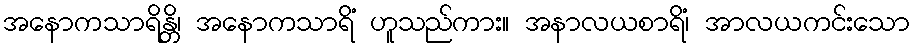
အနောကသာရိန္တိ၊ အနောကသာရိံ ဟူသည်ကား။ အနာလယစာရိံ၊ အာလယကင်းသော